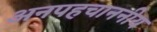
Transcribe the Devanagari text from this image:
अनपहचाननीय